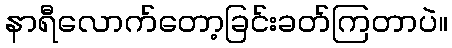
နာရီလောက်တော့ခြင်းခတ်ကြတာပဲ။